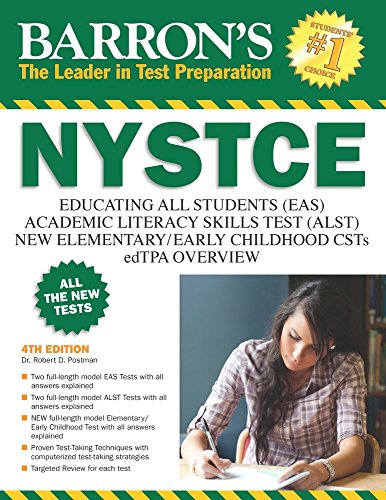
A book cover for Barron's NYSTCE, 4th Edition: EAS / ALST / CSTs / edTPA; Dr. Robert D. Postman; Test Preparation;